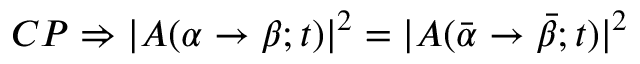
C P \Rightarrow | A ( \alpha \rightarrow \beta ; t ) | ^ { 2 } = | A ( \bar { \alpha } \rightarrow \bar { \beta } ; t ) | ^ { 2 }